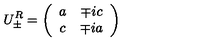
U _ { \pm } ^ { R } = \left( \begin{array} { c c } { a } & { \mp i c } \\ { c } & { \mp i a } \\ \end{array} \right)